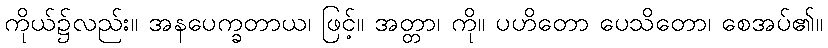
ကိုယ်၌လည်း။ အနပေက္ခတာယ၊ ဖြင့်။ အတ္တာ၊ ကို။ ပဟိတော ပေသိတော၊ စေအပ်၏။